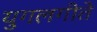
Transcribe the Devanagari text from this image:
युगलगीते